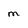
Character: M